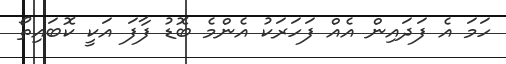
ހަމަ އެ ފަދައިން އެއް ފަހަރަކު އެންމެ ބޮޑު ފާފަ އަކީ ކޮބައިތޯ